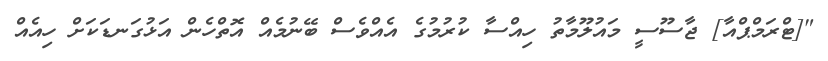
"[ޓްރަމްޕްއާ] ޖާސޫސީ މައުލޫމާތު ހިއްސާ ކުރުމުގެ އެއްވެސް ބޭނުމެއް އޮތްހެން އަޅުގަނޑަކަށް ހިއެއް